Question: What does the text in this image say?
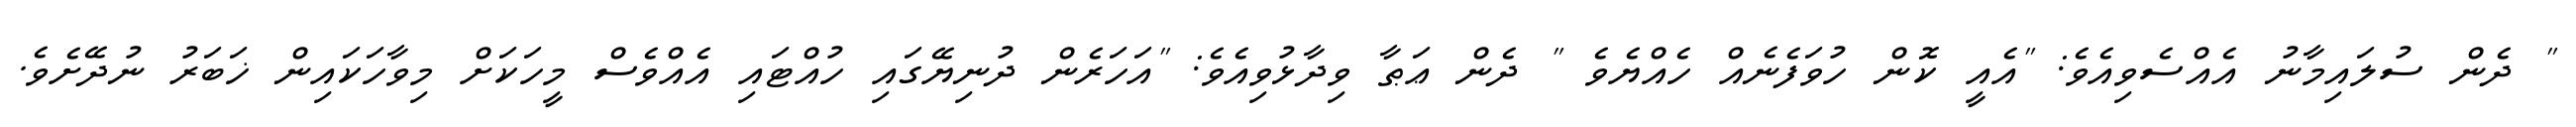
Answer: " ދެން ސުލައިމާނު އެއްސެވިއެވެ: "އެއީ ކޮން ހުވަފެނެއް ހެއްޔެވެ " ދެން ޢަޠާ ވިދާޅުވިއެވެ: "އަހަރެން ދުނިޔޭގައި ހުއްޓައި އެއްވެސް މީހަކަށް މިވާހަކައިން ޚަބަރު ނުދޭށެވެ.